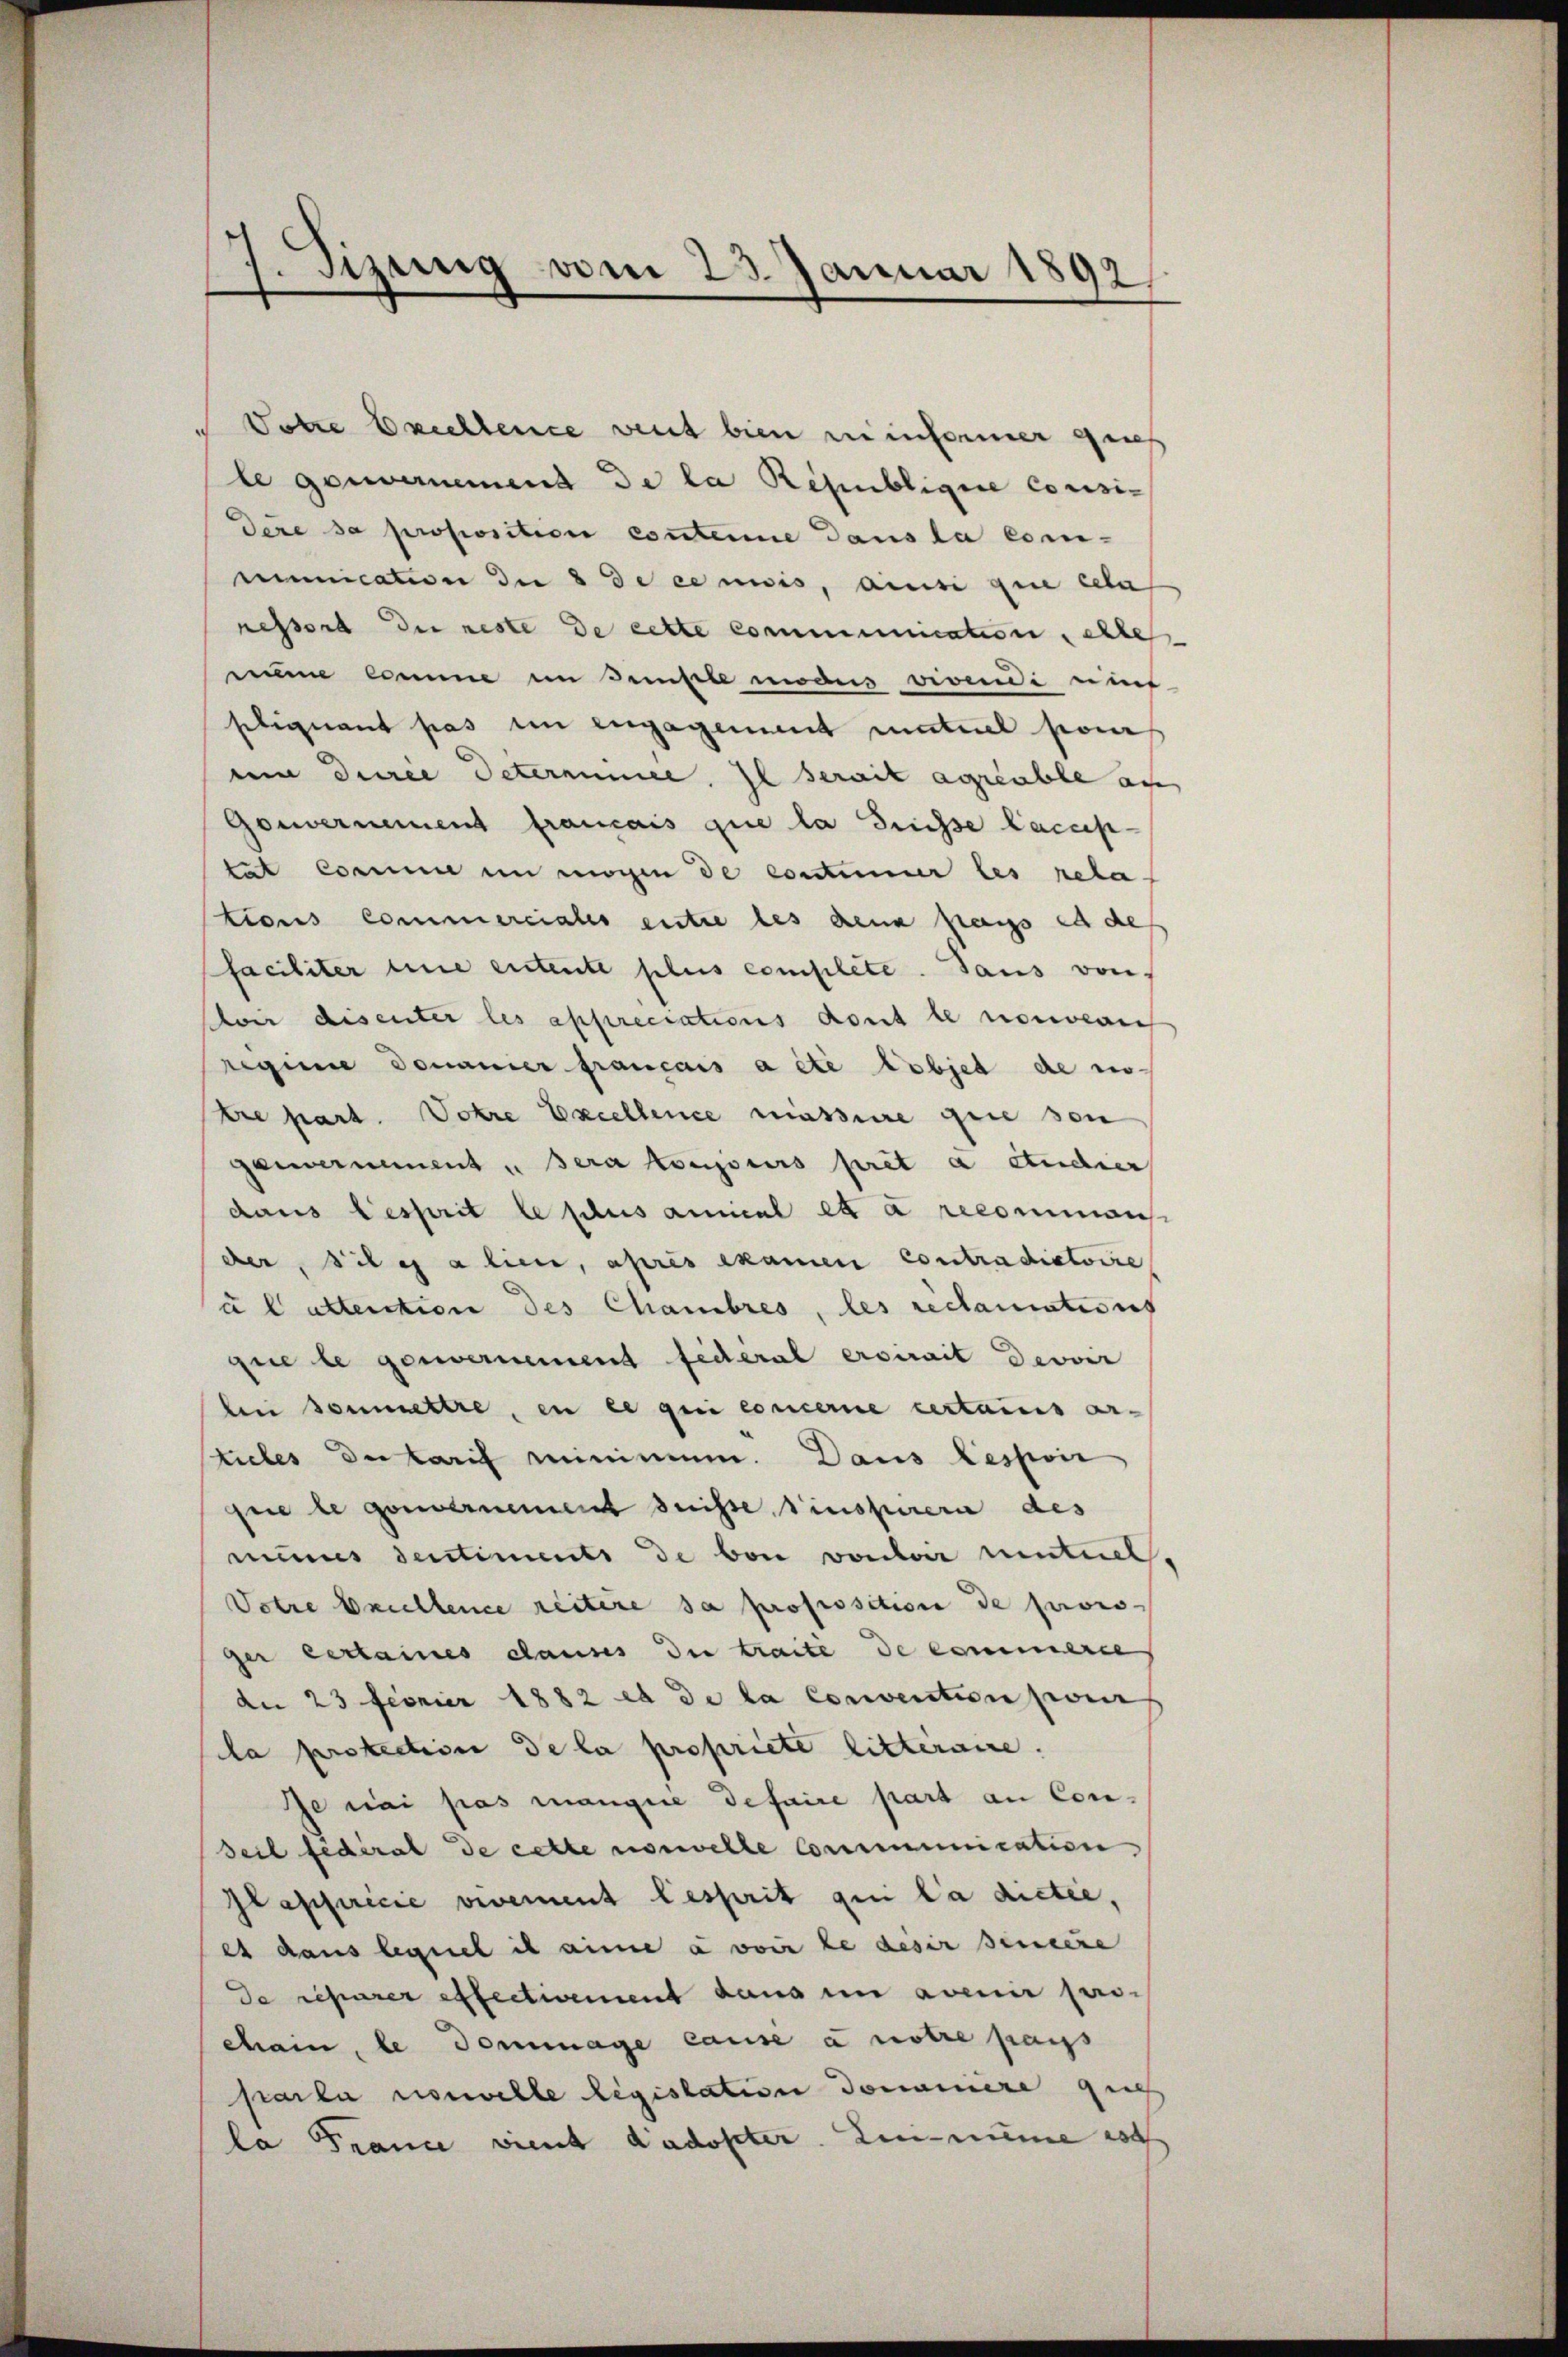
zung vom 23. Januar 1892

¬
Wotre Erichtence weit bien zu informer gries
le genommenend de la République considere sa proposition contenue dans la com-
munication zu 3 de ce mois, ansi que ceter
ressort die neste de cette communication, elle
num Comme im Simple moder vivendi unt
selignant pas im engagement maturel pour
ui dere Determinie. Il serait agieuble au
Gouvernement français que la Suisse Laccep-
tat comme in mögen de constimmer les rela-
tions Commerciales entre les dena pass es de
faciliter eine entente plus complete. dans von
oir disenter les appreciations dont le nouverni
regime Donauer français a été lobjet de no
tre part. Votre Excellence massere gere son
gawernement u sera toujours prêt a Studier
daus Besprit le plus anical et a recomman
der, siles alien, après examen Contradiatoire
à l attention des Chambres, les reclamations
que le genvernement fédéral ersurait devoir
bei soumettre, en ce qui concerne certaines ar-
tieles de larif minimum. Daus Lesponi
si le gouvernement desse sinspurera des
mines Sentiments de bon vorber mutuel
Votre Excellence reitere sa proposition de parois-
ger vertaines causes die traite de commerle
de 23 Feonier 1882 et de la convention pour
la protection de la propriete litteraire.
Je nai pas mangere Defaire part an Con¬
Teil fédéral de cette norwelle Communication
Plappiricie vivement besprit qui la dictie,
es dans lequel il aine a voir le desir Benecke
de reparer effectivement dans in avenir parichain, le dommage cause à notre pass
parla nouvelle législation donumere que
la France vient d’adopter Linne noch